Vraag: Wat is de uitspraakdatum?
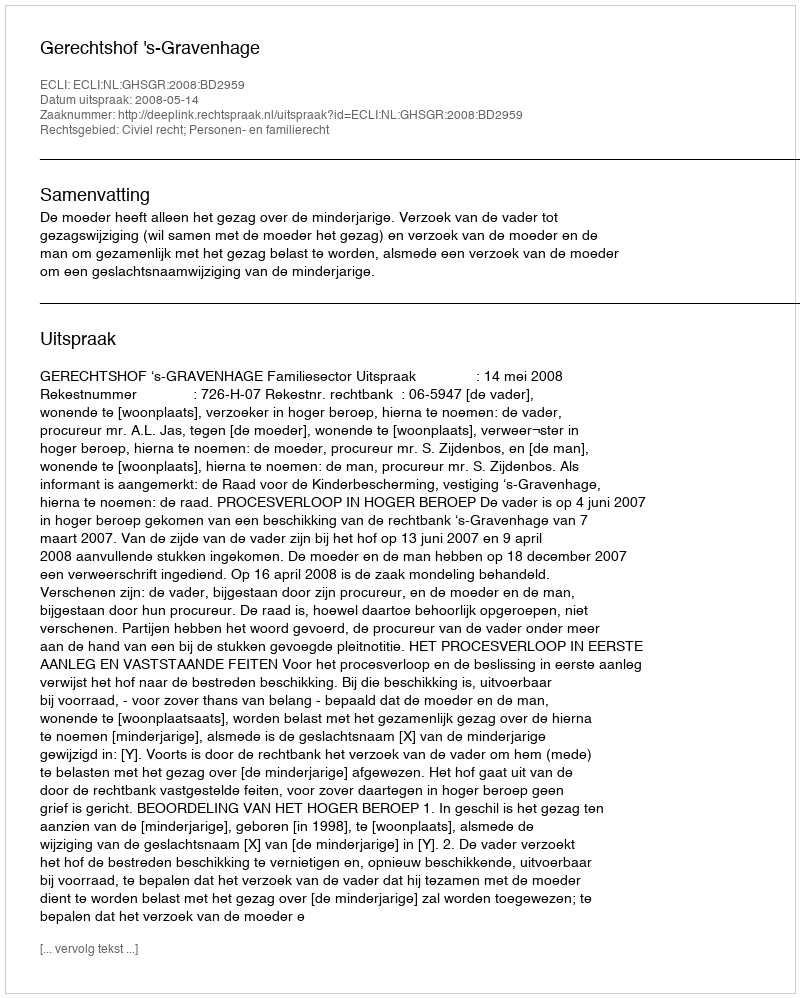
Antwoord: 2008-05-14